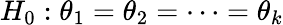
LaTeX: H_{0}:\theta_{1}=\theta_{2}=\cdots=\theta_{k}